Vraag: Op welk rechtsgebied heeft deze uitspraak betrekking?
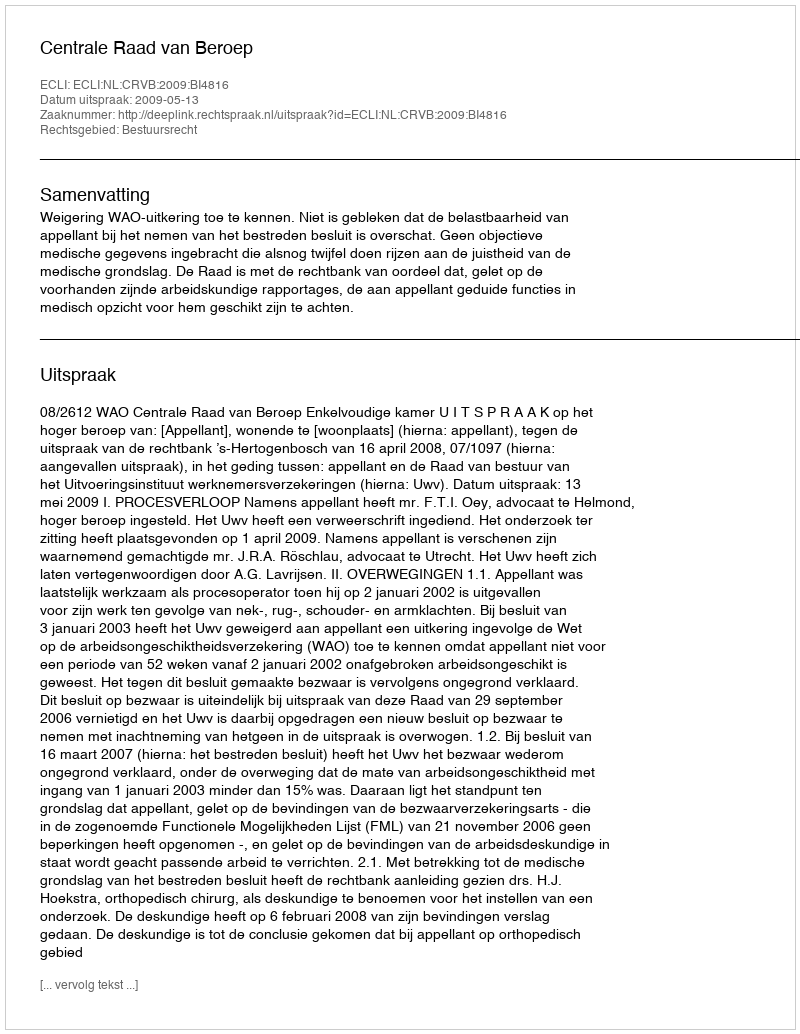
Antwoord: Bestuursrecht